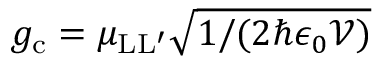
g _ { \mathrm { c } } = { \mu _ { \mathrm { L L ^ { \prime } } } } \sqrt { 1 / ( 2 \hbar \epsilon _ { 0 } \mathcal { V } ) }